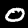
Digit: 0